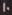
10